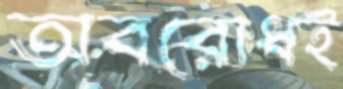
অবরোধই